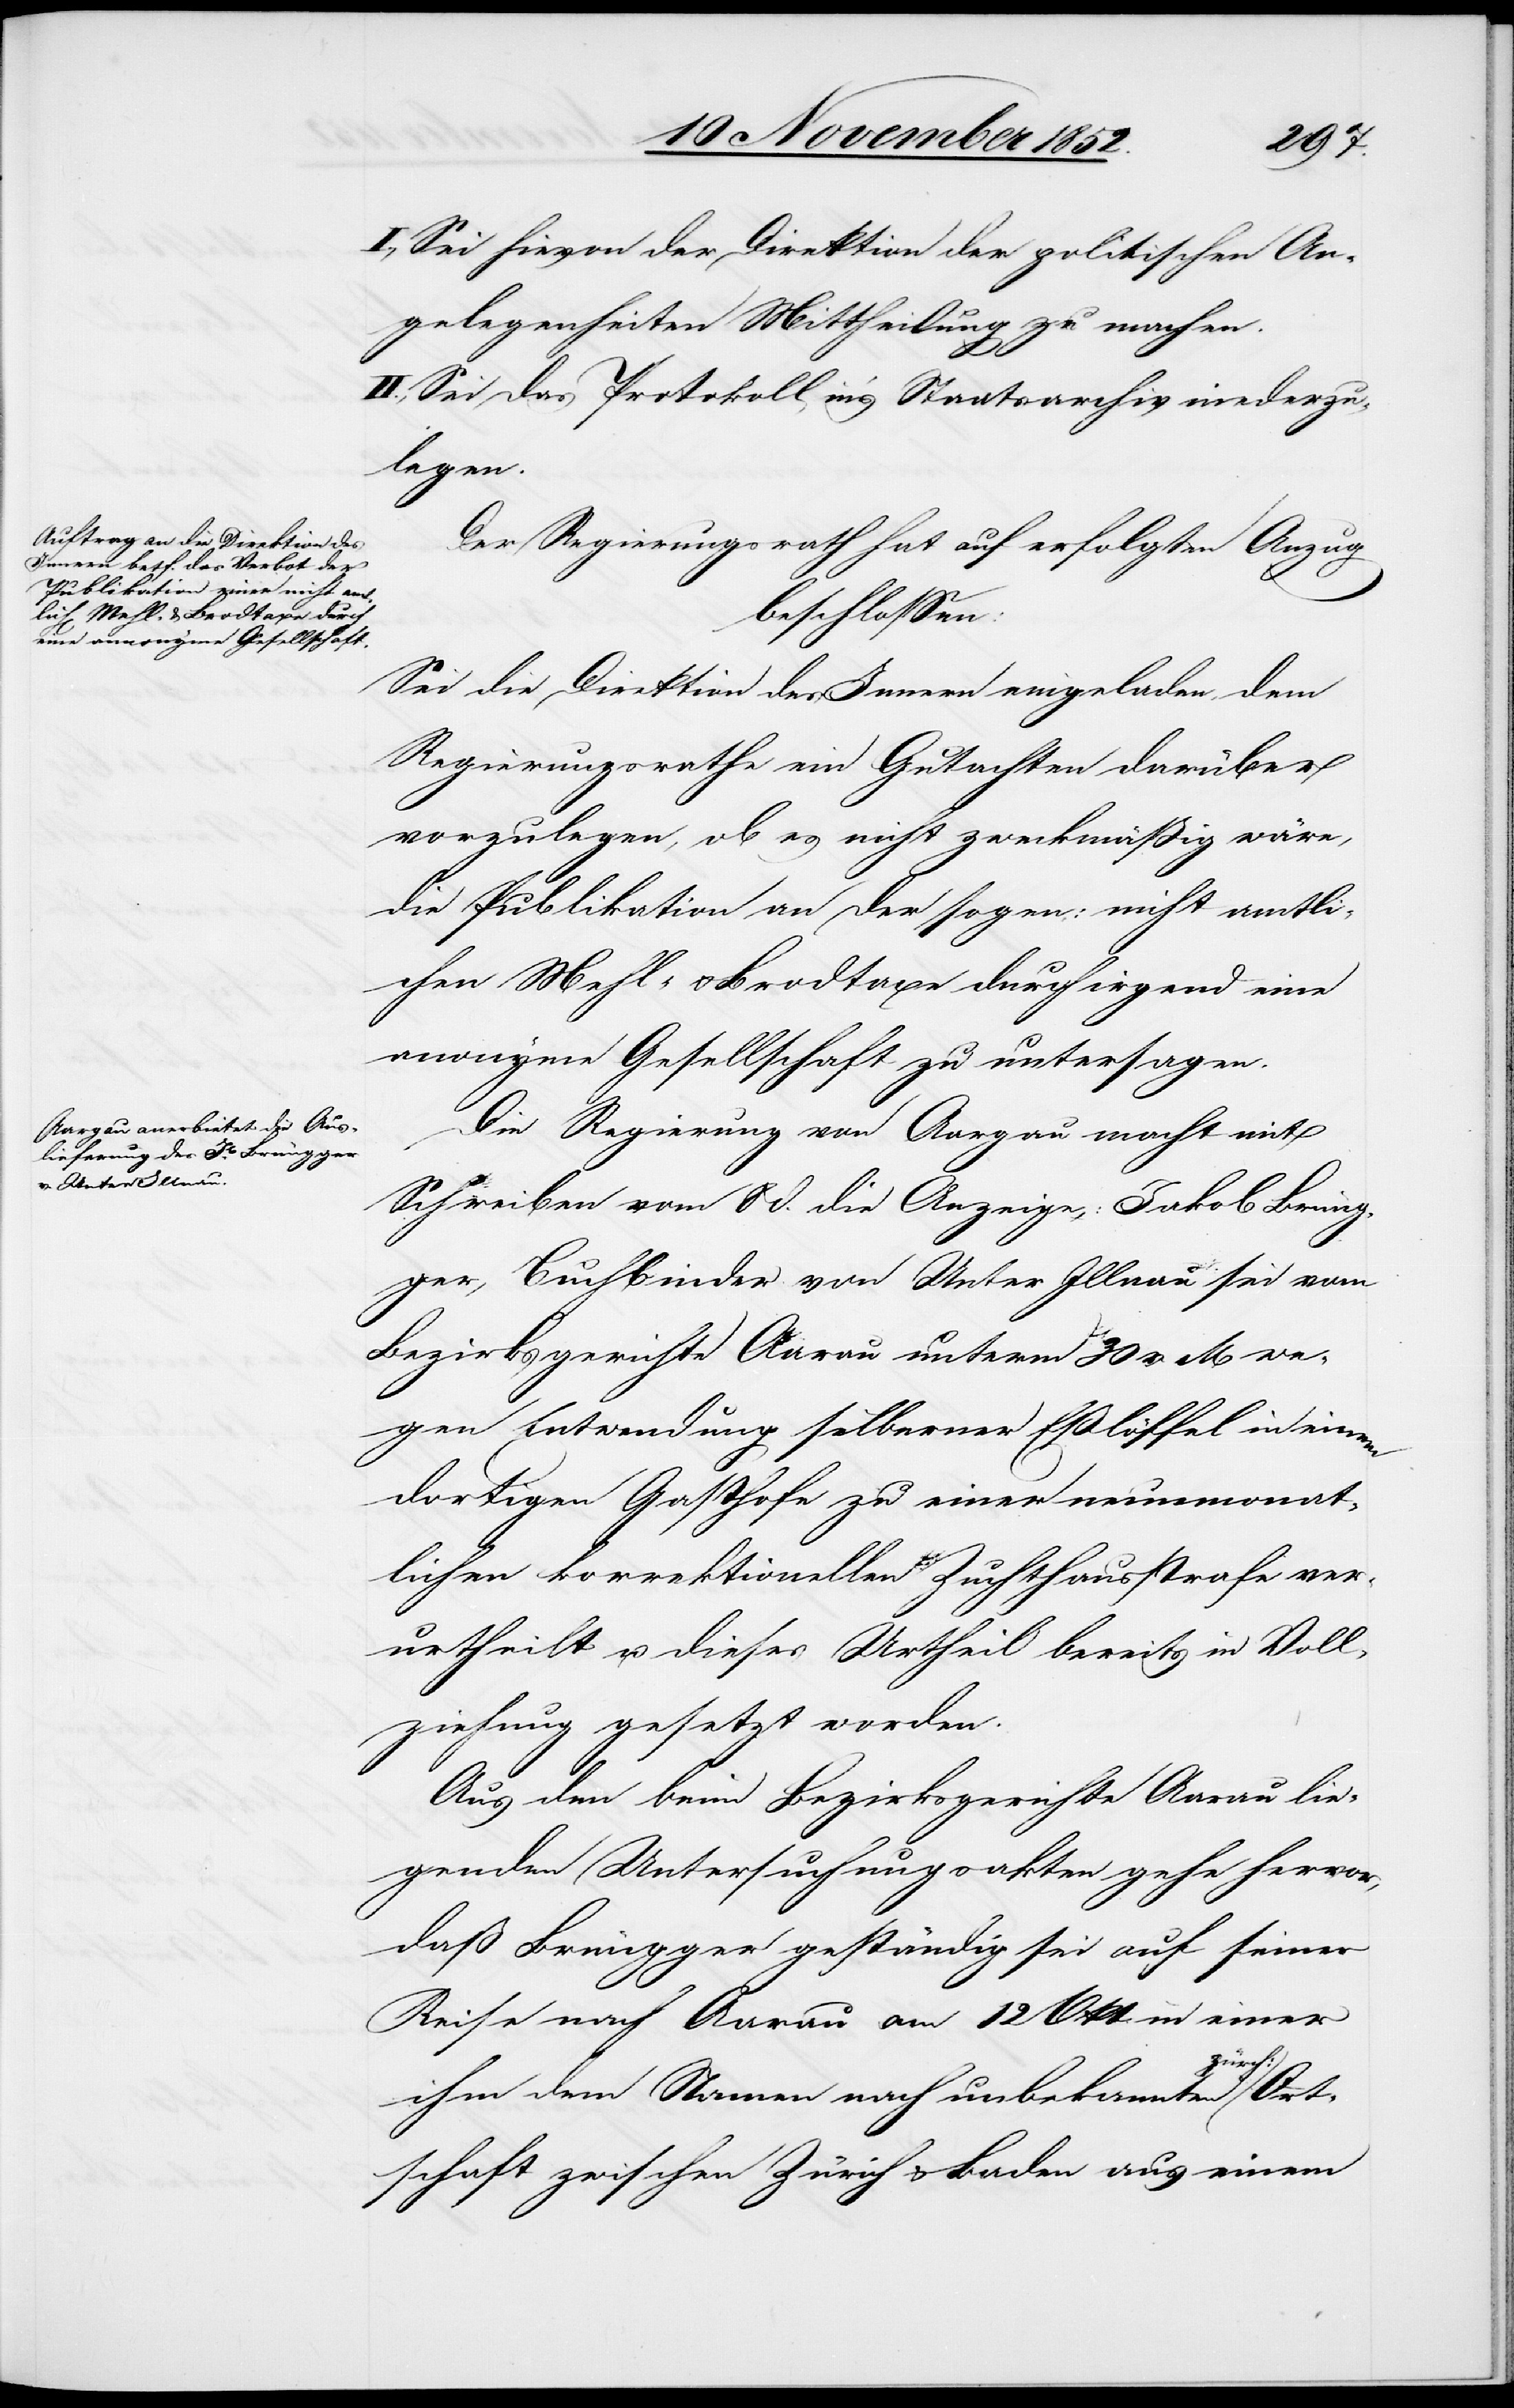
Ort¬
I., Sei hievon der Direktion der politischen An¬
gelegenheiten Mittheilung zu machen.
II., Sei das Protokoll in’s Staatsarchiv niederzu¬
legen.
Der Regierungsrath hat auf erfolgten Anzug
beschlossen:
Sei die Direktion des Innern eingeladen, dem
Regierungsrathe ein Gutachten darüber
vorzulegen, ob es nicht zweckmäßig wäre,
die Publikation an der sogen: nicht amtli¬
chen Mehl- & Brodtaxe durch irgend eine
anonyme Gesellschaft zu untersagen.
Die Regierung von Aargau macht mit
Schreiben vom 8 d. die Anzeige: Jakob Brüng¬
ger, Buchbinder von Unter Illnau sei vom
Bezirksgerichte Aarau unterm 30 v. M we¬
gen Entwendung silberner Eßlöffel in einem
dortigen Gasthofe zu einer neunmonat¬
lichen korrektionellen Zuchthausstrafe ver¬
urtheilt u. dieses Urtheil bereits in Voll¬
ziehung gesetzt worden.
Aus den beim Bezirksgericht Aarau lie¬
genden Untersuchungsakten gehe hervor,
daß Brüngger geständig sei auf seiner
Reise nach Aarau am 12 Okt in einer
ürch:
ihm dem Namen nach unbekannten z¬
schaft zwischen Zürich & Baden aus einem